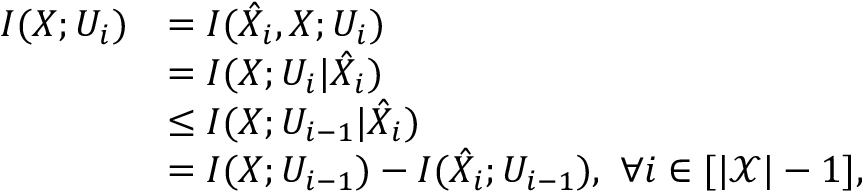
\begin{array} { r l } { I ( X ; U _ { i } ) } & { = I ( \hat { X } _ { i } , X ; U _ { i } ) } \\ & { = I ( X ; U _ { i } | \hat { X } _ { i } ) } \\ & { \leq I ( X ; U _ { i - 1 } | \hat { X } _ { i } ) } \\ & { = I ( X ; U _ { i - 1 } ) - I ( \hat { X } _ { i } ; U _ { i - 1 } ) , \ \forall i \in [ | \mathcal { X } | - 1 ] , } \end{array}